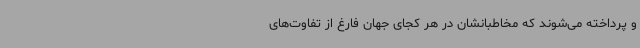
و پرداخته می‌شوند که مخاطبانشان در هر کجای جهان فارغ از تفاوت‌های